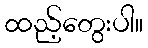
ထည့်တွေးပါ။